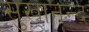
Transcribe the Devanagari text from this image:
सुखानन्द